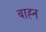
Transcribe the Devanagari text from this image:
बाह्न